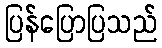
ပြန်ပြောပြသည်